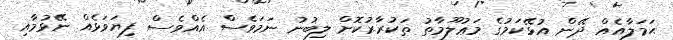
ޙަމަލާއެއް ދޭން އުޅޭކަމުގެ މަޢުލޫމާތު ތަކުރާރުކޮށް ލިބުނު ނަމަވެސް އެއްވެސް ފިޔަވަޅެއް ނޭޅުމާއި